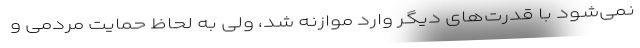
نمی‌شود با قدرت‌های دیگر وارد موازنه شد، ولی به لحاظ حمایت مردمی و